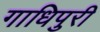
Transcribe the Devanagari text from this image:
गाधिपुरी